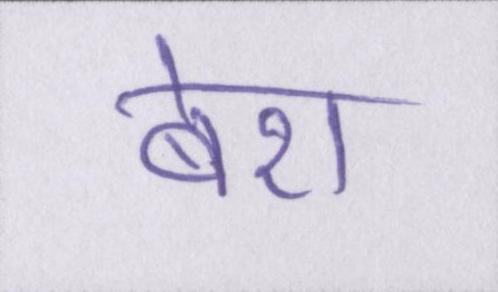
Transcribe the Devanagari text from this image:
बेरा